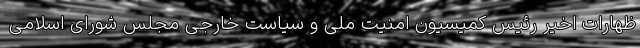
ظهارات اخیر رئیس کمیسیون امنیت ملی و سیاست خارجی مجلس شورای اسلامی